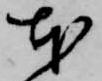
本